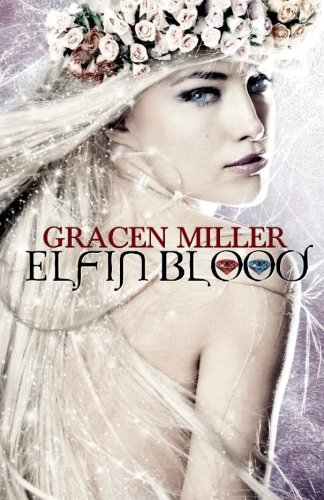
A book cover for Elfin Blood; Gracen Miller; Romance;